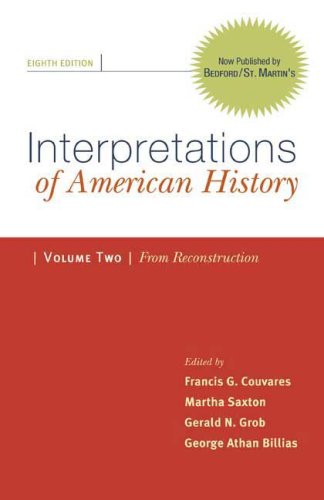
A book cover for Interpretations of American History, Volume 2: From Reconstruction: Patterns & Perspectives; Francis G. Couvares; History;